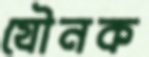
যৌনক